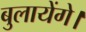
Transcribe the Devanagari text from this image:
बुलायेंगे।